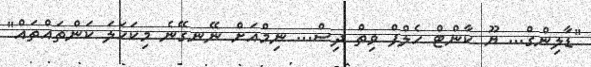
"ޑާލިންގް... ޔޫ ކާންޓް ހެލްފް ވިތް ދިސް... ނިމްއަށް ނޭނގޭނެ މިކަހަލަ ކަންތައްތައް"